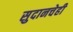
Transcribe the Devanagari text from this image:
सुदानचेही